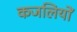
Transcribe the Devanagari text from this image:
कजलियों